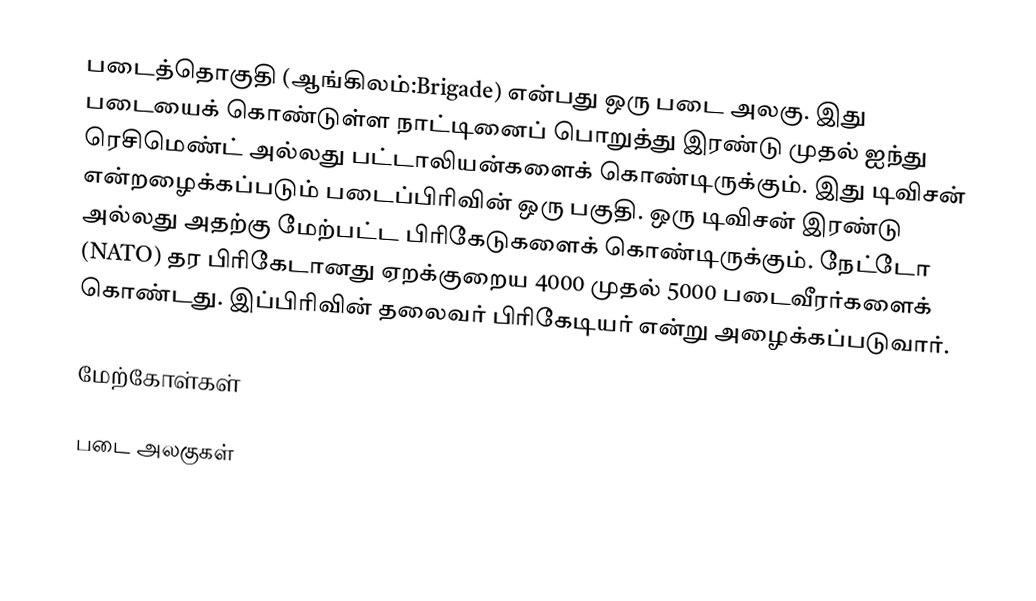
படைத்தொகுதி (ஆங்கிலம்:Brigade) என்பது ஒரு படை அலகு. இது படையைக் கொண்டுள்ள நாட்டினைப் பொறுத்து இரண்டு முதல் ஐந்து ரெசிமெண்ட் அல்லது பட்டாலியன்களைக் கொண்டிருக்கும். இது டிவிசன் என்றழைக்கப்படும் படைப்பிரிவின் ஒரு பகுதி. ஒரு டிவிசன் இரண்டு அல்லது அதற்கு மேற்பட்ட பிரிகேடுகளைக் கொண்டிருக்கும். நேட்டோ (NATO) தர பிரிகேடானது ஏறக்குறைய 4000 முதல் 5000 படைவீரர்களைக் கொண்டது. இப்பிரிவின் தலைவர் பிரிகேடியர் என்று அழைக்கப்படுவார்.

மேற்கோள்கள்

படை அலகுகள்